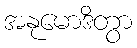
အနုမောဒိတွာ